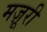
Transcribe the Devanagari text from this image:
मज़ूरी